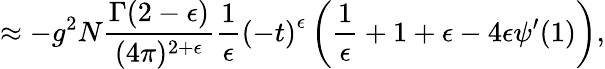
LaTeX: \approx-g^{2}N\frac{\Gamma(2-\epsilon)}{(4\pi)^{2+\epsilon}}\frac{1}{\epsilon}\left(-t\right)^{\epsilon}\left(\frac{1}{\epsilon}+1+\epsilon-4\epsilon\psi^{\prime}(1)\right),